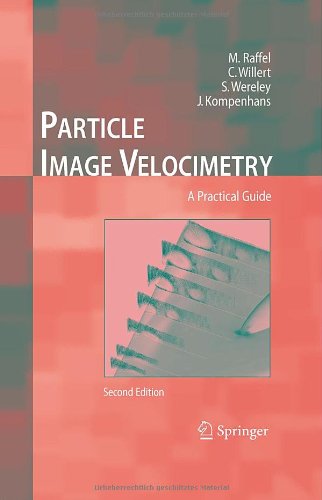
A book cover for Particle Image Velocimetry: A Practical Guide (Experimental Fluid Mechanics); Markus Raffel; Science & Math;